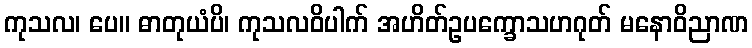
ကုသလ၊ ပေ။ ဓာတုယံပိ၊ ကုသလဝိပါက် အဟိတ်ဥပက္ခောသဟဂုတ် မနောဝိညာဏ